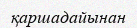
қаршадайынан